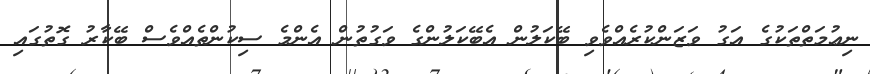
ނިޢުމަތްތަކުގެ އަގު ވަޒަންކުރެއްވެވި ބޭކަލުން އެބޭކަލުންގެ ވަގުތުން އެންމެ ސިކުންތެއްވެސް ބޭކާރު ގޮތުގައި